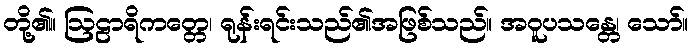
တို့၏။ ဩဠာရိကတ္တေ၊ ရုန်းရင်းသည်၏အဖြစ်သည်။ အဝူပသန္တေ၊ သော်။